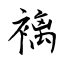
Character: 褵